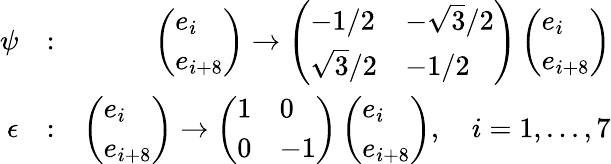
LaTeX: \begin{array}{rlr}{\psi}&{:}&{\left(\begin{array}{l}{e_{i}}\\ {e_{i+8}}\end{array}\right)\rightarrow\left(\begin{array}{ll}{-1/2}&{-\sqrt{3}/2}\\ {\sqrt{3}/2}&{-1/2}\end{array}\right)\left(\begin{array}{l}{e_{i}}\\ {e_{i+8}}\end{array}\right)}\\ {\epsilon}&{:}&{\left(\begin{array}{l}{e_{i}}\\ {e_{i+8}}\end{array}\right)\rightarrow\left(\begin{array}{ll}{1}&{0}\\ {0}&{-1}\end{array}\right)\left(\begin{array}{l}{e_{i}}\\ {e_{i+8}}\end{array}\right),\quad i=1,...,7}\end{array}